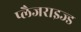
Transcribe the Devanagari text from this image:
प्लैजराइज्ड